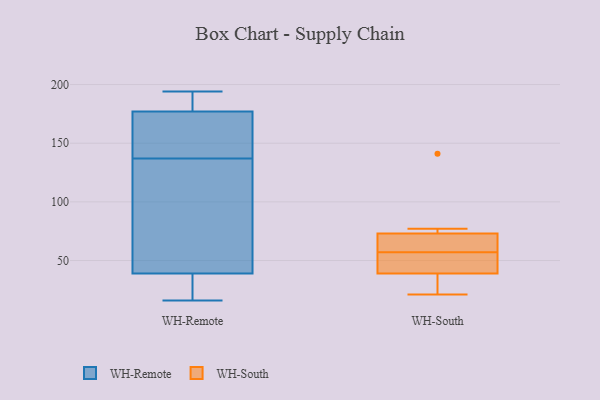
{"axis": {"x": "Operating Costs (USD K)", "y": "Value"}, "legend": ["WH-Remote", "WH-South"], "data": [{"x": "", "y": 142, "type": "WH-Remote"}, {"x": "", "y": 126, "type": "WH-Remote"}, {"x": "", "y": 25, "type": "WH-Remote"}, {"x": "", "y": 164, "type": "WH-Remote"}, {"x": "", "y": 177, "type": "WH-Remote"}, {"x": "", "y": 174, "type": "WH-Remote"}, {"x": "", "y": 132, "type": "WH-Remote"}, {"x": "", "y": 185, "type": "WH-Remote"}, {"x": "", "y": 194, "type": "WH-Remote"}, {"x": "", "y": 20, "type": "WH-Remote"}, {"x": "", "y": 116, "type": "WH-Remote"}, {"x": "", "y": 188, "type": "WH-Remote"}, {"x": "", "y": 39, "type": "WH-Remote"}, {"x": "", "y": 16, "type": "WH-Remote"}, {"x": "", "y": 52, "type": "WH-South"}, {"x": "", "y": 50, "type": "WH-South"}, {"x": "", "y": 39, "type": "WH-South"}, {"x": "", "y": 77, "type": "WH-South"}, {"x": "", "y": 24, "type": "WH-South"}, {"x": "", "y": 63, "type": "WH-South"}, {"x": "", "y": 62, "type": "WH-South"}, {"x": "", "y": 21, "type": "WH-South"}, {"x": "", "y": 73, "type": "WH-South"}, {"x": "", "y": 141, "type": "WH-South"}]}